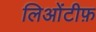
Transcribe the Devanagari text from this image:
लिओंटीफ़